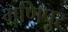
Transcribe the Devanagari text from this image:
मणिपुर